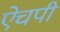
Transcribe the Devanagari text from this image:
ऐचपी